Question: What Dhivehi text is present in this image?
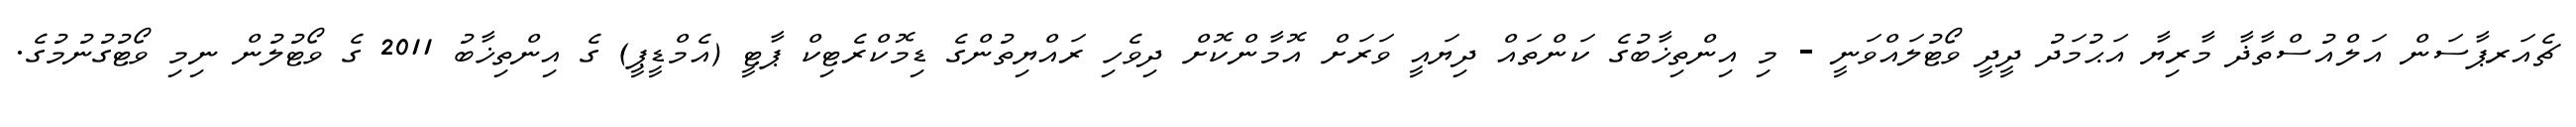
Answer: ޗެއަރޕާސަން އަލްއުސްތާޛާ މާރިޔާ އަޙުމަދު ދީދީ ވޯޓުލައްވަނީ - މި އިންތިޚާބުގެ ކަންތައް ދިޔައީ ވަރަށް އޮމާންކޮށް ދިވެހި ރައްޔިތުންގެ ޑިމޮކްރެޓިކް ޕާޓީ (އެމްޑީޕީ) ގެ އިންތިޚާބު 2011 ގެ ވޯޓުލުން ނިމި ވޯޓުގުނުމުގެ.